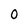
Character: 0